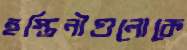
হস্তিনীগুলোকে